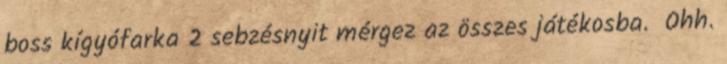
boss kígyófarka 2 sebzésnyit mérgez az összes játékosba. Ohh.